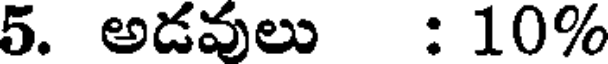
5. అడవులు : 10%